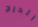
الدرج